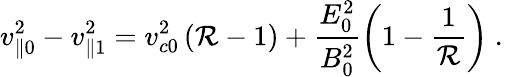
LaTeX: v_{\parallel 0}^{2}-v_{\parallel 1}^{2}=v_{c0}^{2}\left(\mathcal{R}-1\right)+\frac{E_{0}^{2}}{B_{0}^{2}}\left(1-\frac{1}{\mathcal{R}}\right)\mathrm{~.~}